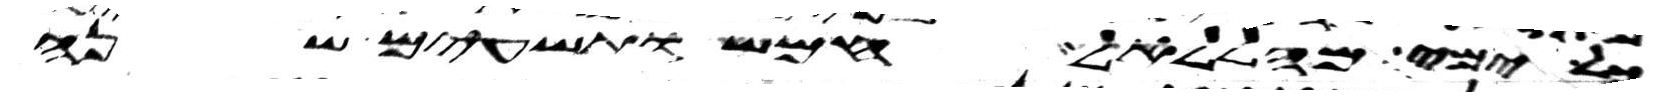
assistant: ימי מהללאל חמש ותשעים שנה